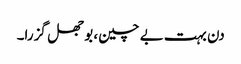
دن بہت بے چین، بوجھل گزرا۔